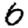
Digit: 6